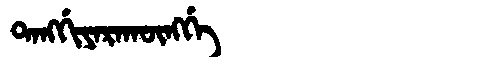
Manchu: ᡨᠠᠩᡤᡳᠶᠠᡵᠠᡴᡡᠩᡤᡝ
Romanization: TANGGIYARAKŪNGGE